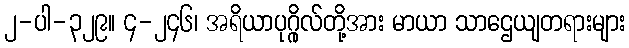
၂-ပါ-၃၂၉။ ၄-၂၄၆၊ အရိယာပုဂ္ဂိုလ်တို့အား မာယာ သာဌေယျတရားများ